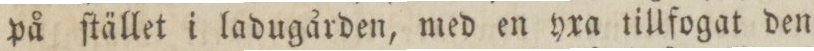
på ſtället i ladugården, med en yxa tillfogat den